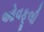
ઓવફૂલી